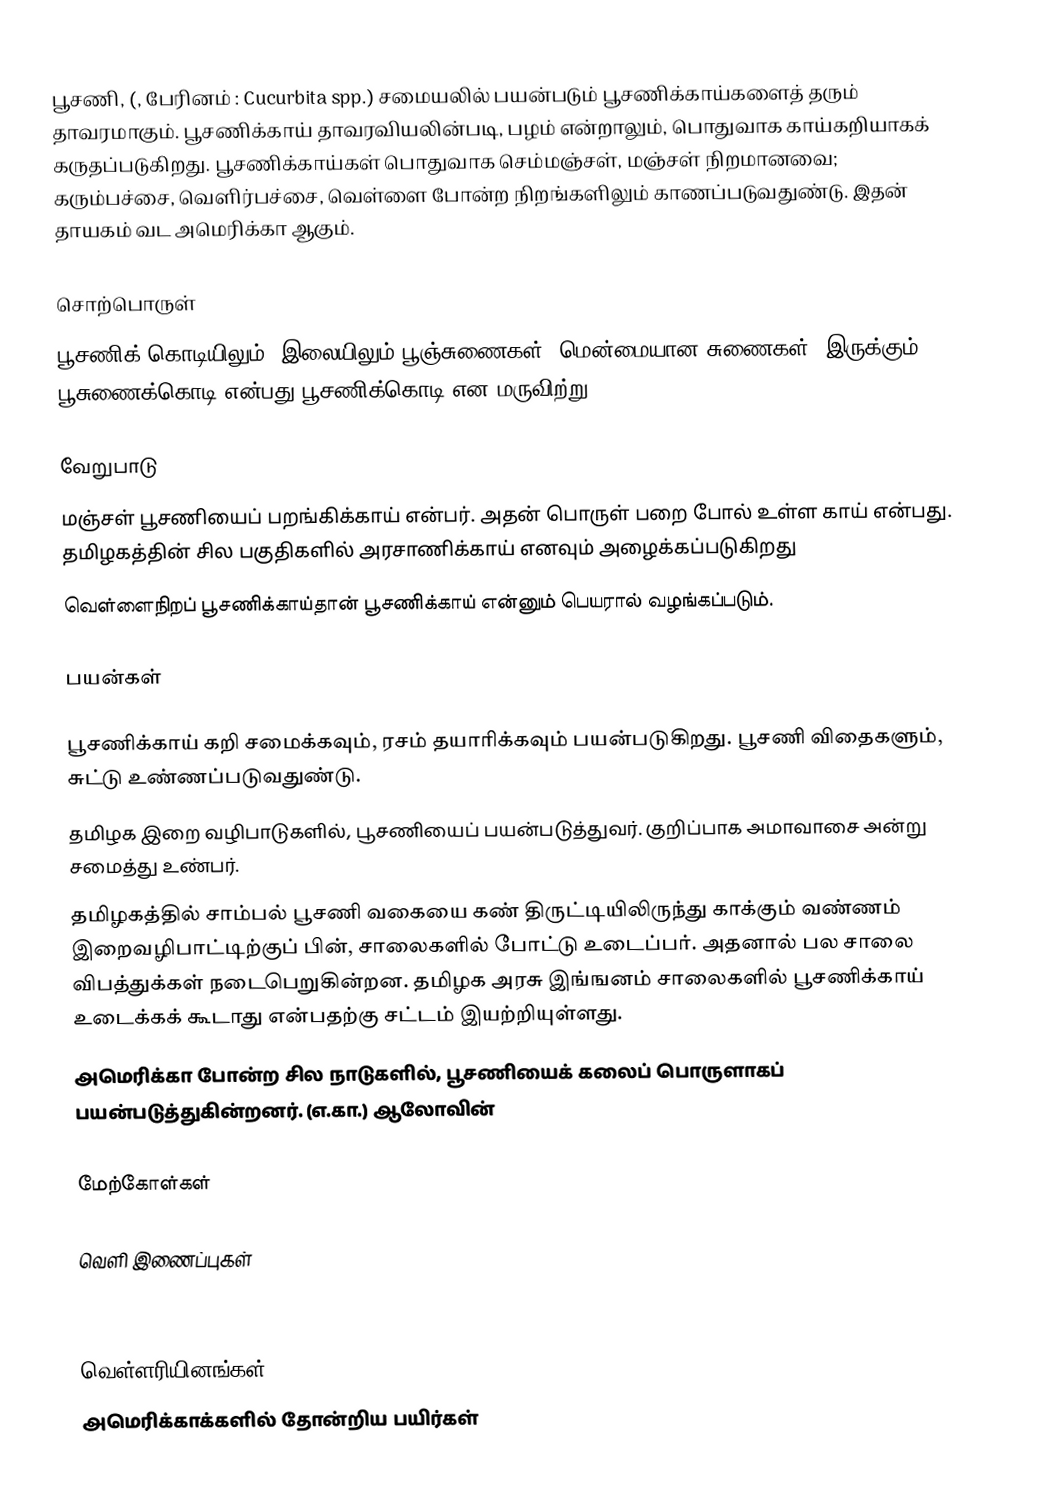
பூசணி, (, பேரினம் : Cucurbita spp.)   சமையலில் பயன்படும் பூசணிக்காய்களைத் தரும் தாவரமாகும். பூசணிக்காய் தாவரவியலின்படி, பழம் என்றாலும், பொதுவாக காய்கறியாகக் கருதப்படுகிறது. பூசணிக்காய்கள் பொதுவாக செம்மஞ்சள், மஞ்சள் நிறமானவை; கரும்பச்சை, வெளிர்பச்சை, வெள்ளை போன்ற நிறங்களிலும் காணப்படுவதுண்டு. இதன் தாயகம் வட அமெரிக்கா  ஆகும்.

சொற்பொருள்
பூசணிக் கொடியிலும், இலையிலும் பூஞ்சுணைகள் (மென்மையான சுணைகள்) இருக்கும். பூசுணைக்கொடி என்பது பூசணிக்கொடி என மருவிற்று.

வேறுபாடு
மஞ்சள் பூசணியைப் பறங்கிக்காய் என்பர். அதன் பொருள் பறை போல் உள்ள காய் என்பது. தமிழகத்தின் சில பகுதிகளில் அரசாணிக்காய் எனவும் அழைக்கப்படுகிறது
வெள்ளைநிறப் பூசணிக்காய்தான் பூசணிக்காய் என்னும் பெயரால் வழங்கப்படும்.

பயன்கள்

 பூசணிக்காய் கறி சமைக்கவும், ரசம் தயாரிக்கவும் பயன்படுகிறது. பூசணி விதைகளும், சுட்டு உண்ணப்படுவதுண்டு.
 தமிழக இறை வழிபாடுகளில்,  பூசணியைப் பயன்படுத்துவர். குறிப்பாக அமாவாசை அன்று சமைத்து உண்பர்.
 தமிழகத்தில் சாம்பல் பூசணி வகையை கண் திருட்டியிலிருந்து காக்கும் வண்ணம் இறைவழிபாட்டிற்குப் பின், சாலைகளில் போட்டு உடைப்பர். அதனால் பல சாலை விபத்துக்கள் நடைபெறுகின்றன. தமிழக அரசு இங்ஙனம் சாலைகளில் பூசணிக்காய் உடைக்கக் கூடாது என்பதற்கு சட்டம் இயற்றியுள்ளது.
 அமெரிக்கா போன்ற சில நாடுகளில், பூசணியைக் கலைப் பொருளாகப் பயன்படுத்துகின்றனர். (எ.கா.) ஆலோவின்

மேற்கோள்கள்

வெளி இணைப்புகள்

வெள்ளரியினங்கள்
அமெரிக்காக்களில் தோன்றிய பயிர்கள்